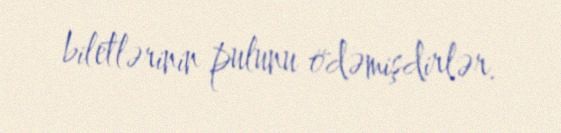
biletlərinin pulunu ödəmişdirlər.